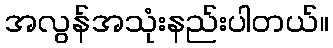
အလွန်အသုံးနည်းပါတယ်။